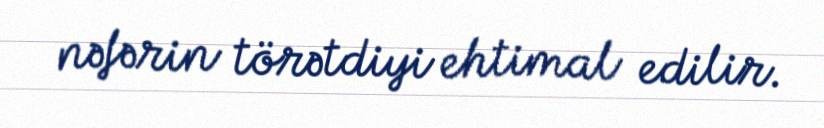
nəfərin törətdiyi ehtimal edilir.